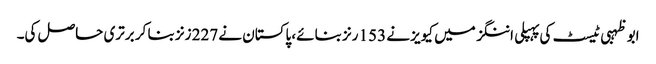
ابوظہبی ٹیسٹ کی پہپلی اننگز میں کیویز نے 153 رنز بنائے، پاکستان نے 227 زنز بنا کر برتری حاصل کی۔